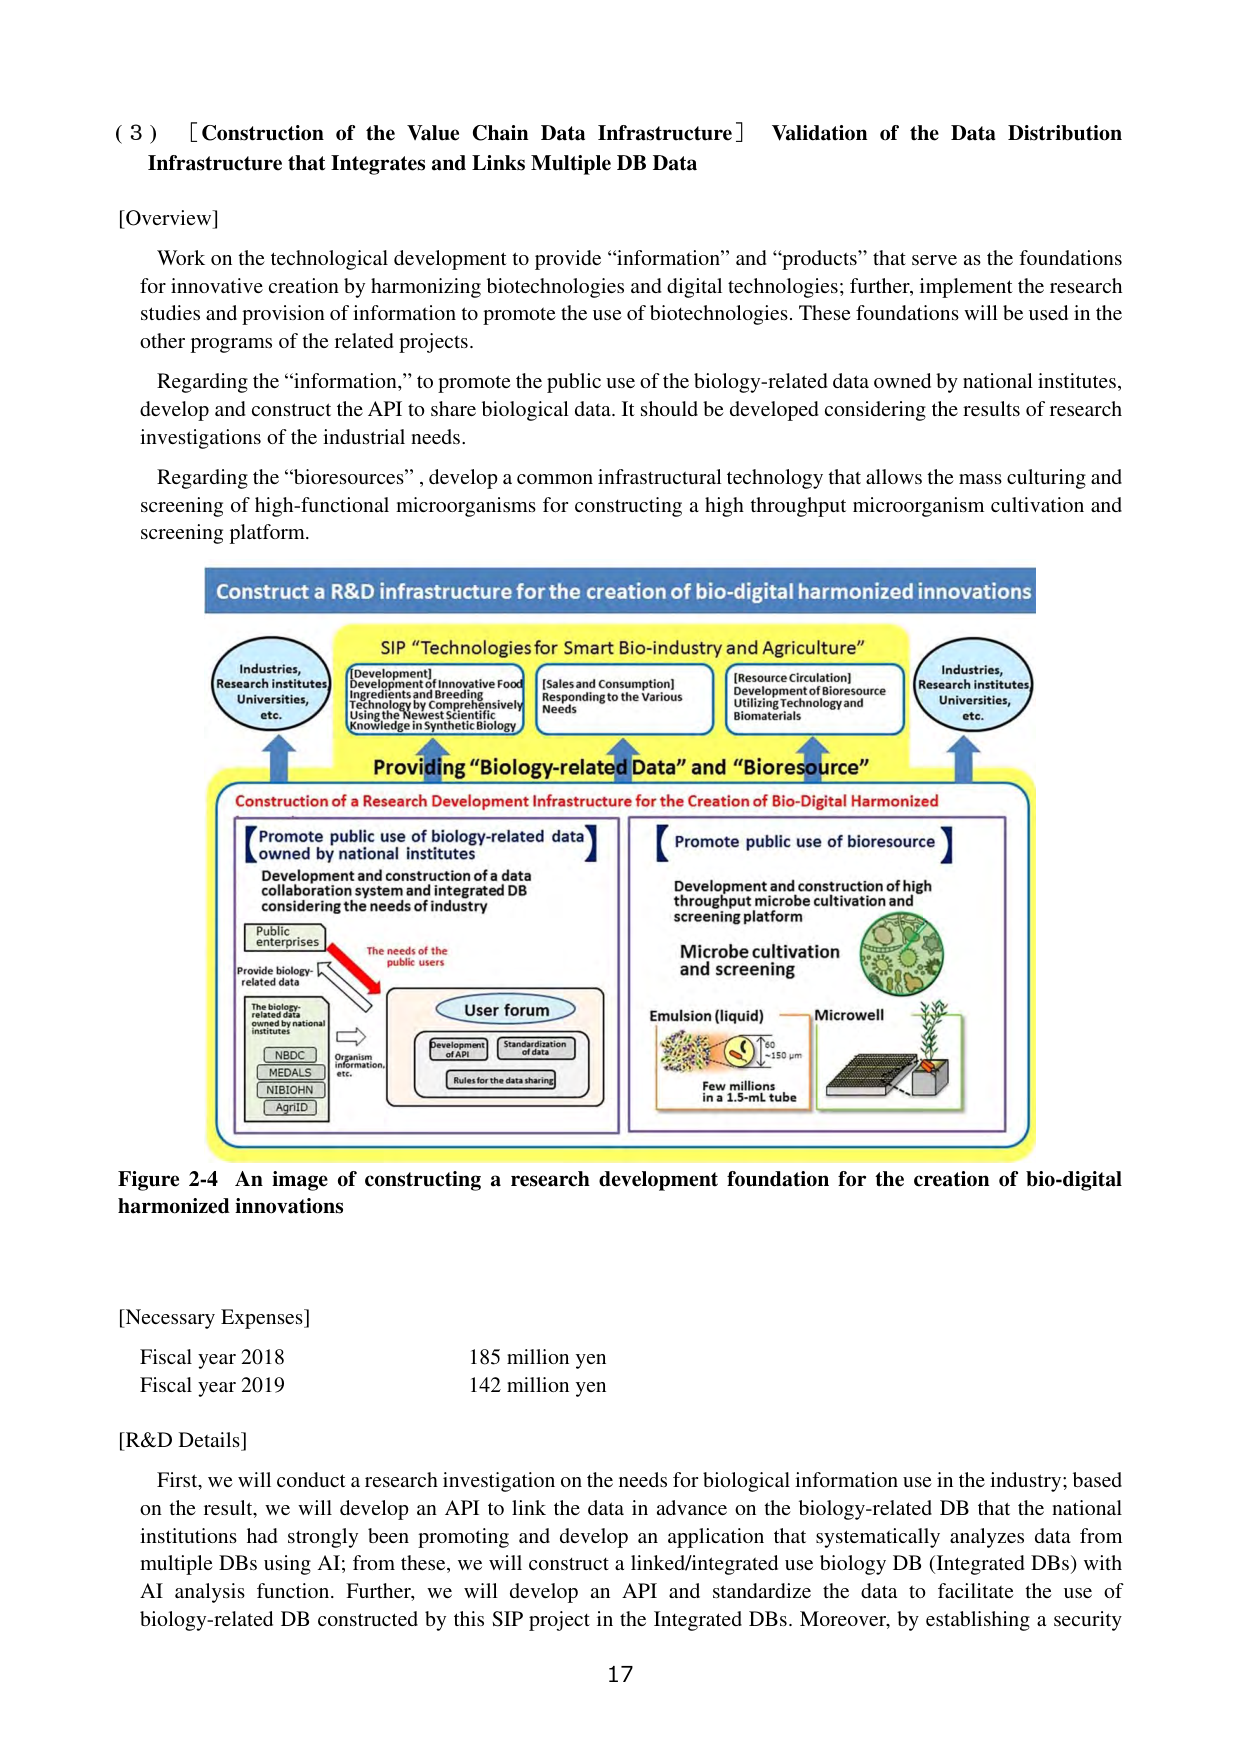
( 3 ) [Construction of the Value Chain Data Infrastructure] Validation of the Data Distribution Infrastructure that Integrates and Links Multiple DB Data

[Overview]

Work on the technological development to provide “information” and “products” that serve as the foundations for innovative creation by harmonizing biotechnologies and digital technologies; further, implement the research studies and provision of information to promote the use of biotechnologies. These foundations will be used in the other programs of the related projects.

Regarding the “information,” to promote the public use of the biology-related data owned by national institutes, develop and construct the API to share biological data. It should be developed considering the results of research investigations of the industrial needs.

Regarding the “bioresources”, develop a common infrastructural technology that allows the mass culturing and screening of high-functional microorganisms for constructing a high throughput microorganism cultivation and screening platform.

Construct a R&D infrastructure for the creation of bio-digital harmonized innovations

SIP “Technologies for Smart Bio-industry and Agriculture”

[Development] Development of Innovative Food Ingredients and Breeding Technology by Comprehensively Using the Newest Scientific Knowledge in Synthetic Biology

[Sales and Consumption] Responding to the Various Needs

[Resource Circulation] Development of Bioresource Utilizing Technology and Biomaterials

Providing “Biology-related Data” and “Bioresource”

Construction of a Research Development Infrastructure for the Creation of Bio-Digital Harmonized

【Promote public use of biology-related data owned by national institutes】
Development and construction of a data collaboration system and integrated DB considering the needs of industry

Public enterprises
Provide biology-related data

The biology-related data owned by national institutes
NBDC
MEDALS
NIBIOHN
AgriID

Organism information, etc.

User forum
Development of API
Standardization of data
Rules for the data sharing

The needs of the public users

【Promote public use of bioresource】
Development and construction of high throughput microbe cultivation and screening platform

Microbe cultivation and screening

Emulsion (liquid) — Microwell
Few millions in a 1.5-mL tube
60–180 μm

Industries, Research institutes, Universities, etc.

Industries, Research institutes, Universities, etc.

Figure 2-4 An image of constructing a research development foundation for the creation of bio-digital harmonized innovations

[Necessary Expenses]
Fiscal year 2018 185 million yen
Fiscal year 2019 142 million yen

[R&D Details]
First, we will conduct a research investigation on the needs for biological information use in the industry; based on the result, we will develop an API to link the data in advance on the biology-related DB that the national institutions had strongly been promoting and develop an application that systematically analyzes data from multiple DBs using AI; from these, we will construct a linked/integrated use biology DB (Integrated DBs) with AI analysis function. Further, we will develop an API and standardize the data to facilitate the use of biology-related DB constructed by this SIP project in the Integrated DBs. Moreover, by establishing a security

17